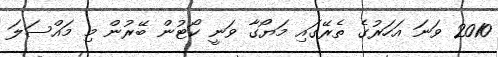
2010 ވަނަ އަހަރުގެ ތެރޭގައި މަޔޯގާ ވަނީ ކޯޓުން ބޭރުން މި މައްސަލަ